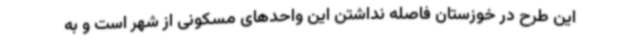
این طرح در خوزستان فاصله نداشتن این واحدهای مسکونی از شهر است و به